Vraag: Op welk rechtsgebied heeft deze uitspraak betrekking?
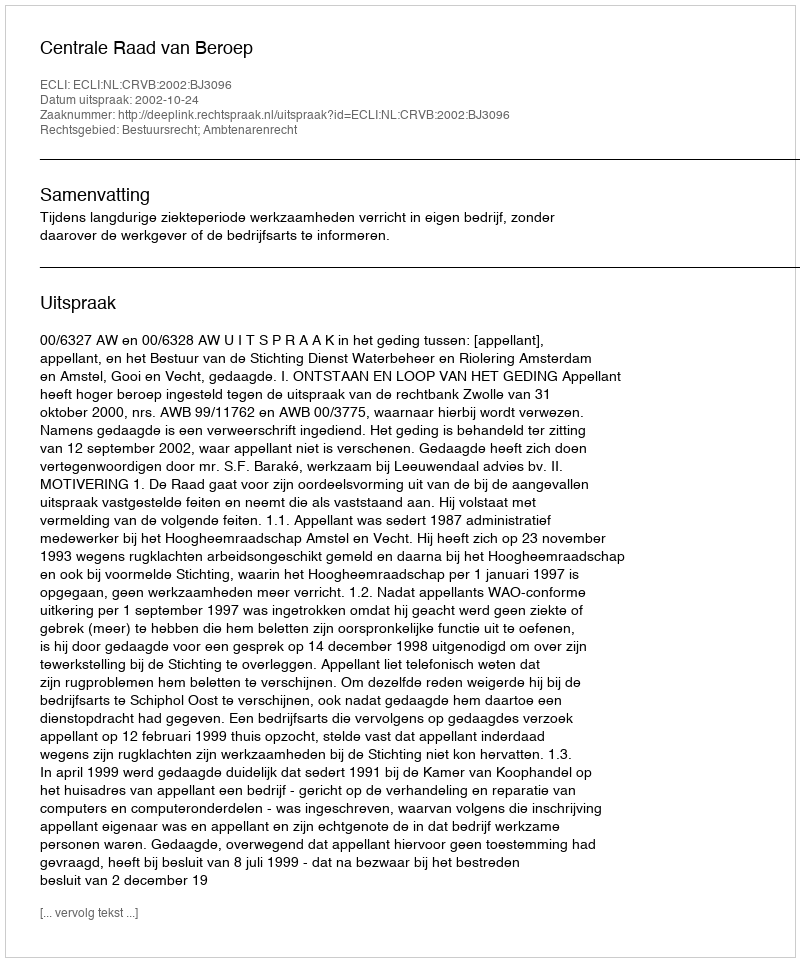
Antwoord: Bestuursrecht; Ambtenarenrecht